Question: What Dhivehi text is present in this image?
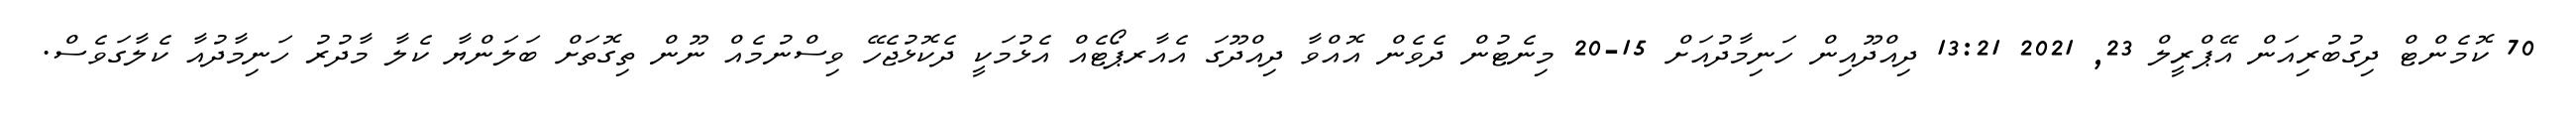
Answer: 70 ކޮމެންޓް ދިގުބުރިއަން އޭޕްރީލް 23, 2021 13:21 ދިއްދޫއިން ހަނިމާދުއަށް 15-20 މިނެޓުން ދެވެން އޮއްވާ ދިއްދޫގަ އެއާރޕޯޓެއް އެޅުމަކީ ދެކޮޅުޖެހޭ ވިސްނުމެއް ނޫން ތިގޮތަށް ބަލަންޔާ ކެލާ މާދުރު ހަނިމާދުއާ ކެލާގަވެސް.